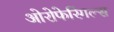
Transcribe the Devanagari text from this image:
ओरोफेरिंगल्स